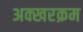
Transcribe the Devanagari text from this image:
अक्खरक्रम